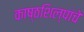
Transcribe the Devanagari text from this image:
काष्ठशिल्पांचे